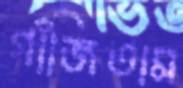
গাঁজিতাম